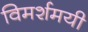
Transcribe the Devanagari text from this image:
विमर्शमयी